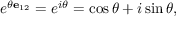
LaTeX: e ^ { \theta \mathbf { e } _ { 1 2 } } = e ^ { i \theta } = \cos { \theta } + i \sin { \theta } ,